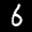
Label: 6